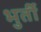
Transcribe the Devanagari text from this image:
भुर्ती